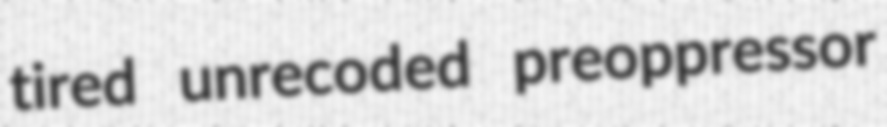
tired unrecoded preoppressor